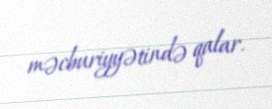
məcburiyyətində qalar.